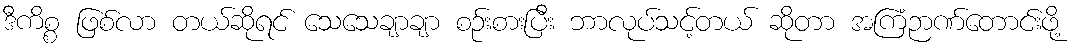
ဒီကိစ္စ ဖြစ်လာ တယ်ဆိုရင် သေသေချာချာ စဉ်းစားပြီး ဘာလုပ်သင့်တယ် ဆိုတာ အကြံဉာဏ်တောင်းဖို့